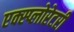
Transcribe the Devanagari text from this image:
एक्स्प्लोरेटरी